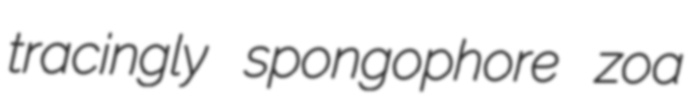
tracingly spongophore zoa